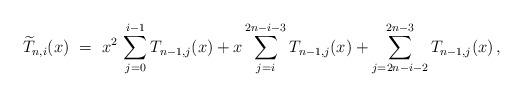
LaTeX: \begin{align*}\widetilde{T}_{n,i}(x)\ =\ x^{2}\,\sum_{j=0}^{i-1}T_{n-1,j}(x)+x\sum_{j=i}^{2n-i-3}T_{n-1,j}(x)+\sum_{j=2n-i-2}^{2n-3}T_{n-1,j}(x)\,,\end{align*}